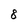
Character: 8